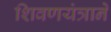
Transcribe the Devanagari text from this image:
शिवणयंत्राने